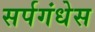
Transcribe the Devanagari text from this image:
सर्पगंधेस